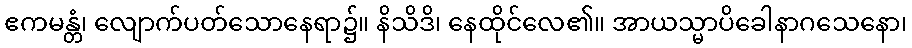
ဧကမန္တံ၊ လျောက်ပတ်သောနေရာ၌။ နိသိဒိ၊ နေထိုင်လေ၏။ အာယသ္မာပိခေါနာဂသေနော၊